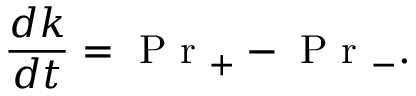
\frac { d k } { d t } = \mathrm { ~ P ~ r ~ } _ { + } - \mathrm { ~ P ~ r ~ } _ { - } .